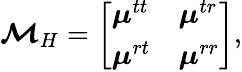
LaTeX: \boldsymbol{\mathcal{M}}_{H}=\left[\begin{array}{ll}{\boldsymbol{\mu}^{tt}}&{\boldsymbol{\mu}^{tr}}\\ {\boldsymbol{\mu}^{rt}}&{\boldsymbol{\mu}^{rr}}\end{array}\right],